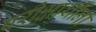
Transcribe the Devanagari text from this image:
परीक्षार्थींना